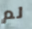
لم